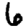
Digit: 6